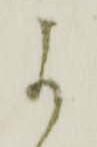
よ